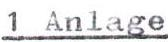
1 Anlage